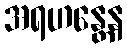
အရဟန္တေန